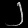
Digit: ၂